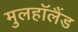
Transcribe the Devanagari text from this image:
मुलहॉलैंड